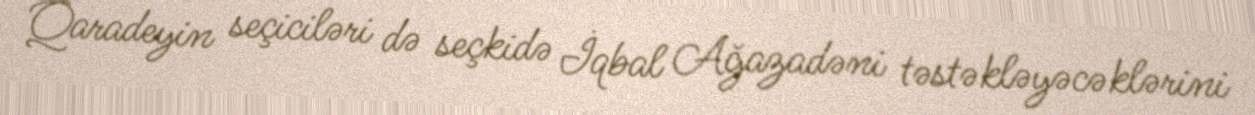
Qaradeyin seçiciləri də seçkidə İqbal Ağazadəni təstəkləyəcəklərini